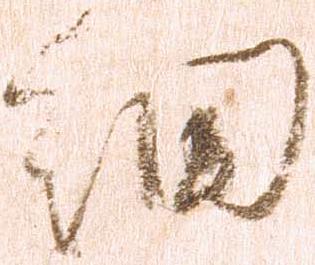
細